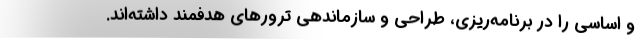
و اساسی را در برنامه‌ریزی، طراحی و سازماندهی ترورهای هدفمند داشته‌اند.